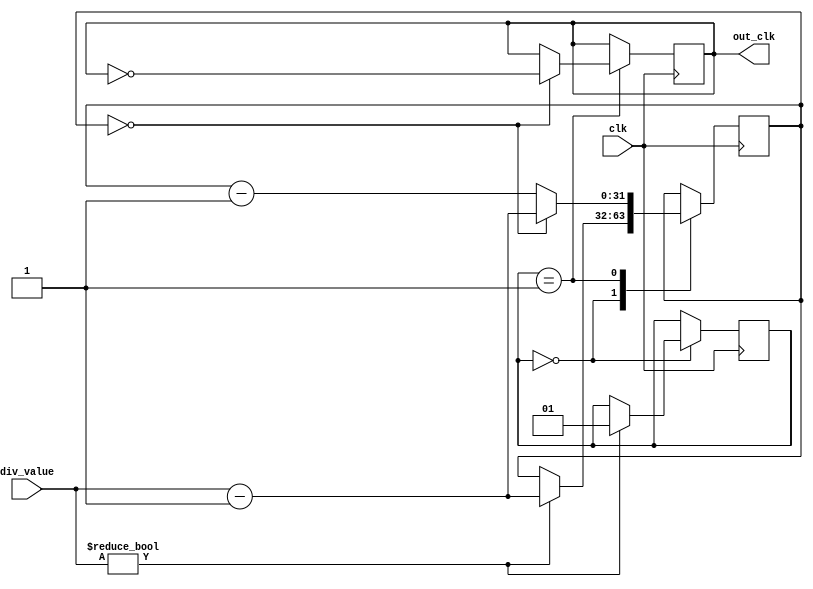
module floating_point_clock_divider (
    input wire clk,
    input wire [31:0] div_value,
    output reg out_clk
);

reg [31:0] count;
reg [1:0] state;
reg sync_clk;

always @ (posedge clk) begin
    case (state)
        2'b00: begin // Idle state
            if (div_value != 0) begin
                count <= div_value - 1;
                state <= 2'b01;
            end
        end
        2'b01: begin // Counting state
            count <= count - 1;
            if (count == 0) begin
                count <= div_value - 1;
                out_clk <= ~out_clk;
            end
        end
    endcase
end

always @ (posedge clk) begin
    sync_clk <= out_clk;
end

endmodule